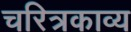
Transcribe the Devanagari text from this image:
चरित्रकाव्य